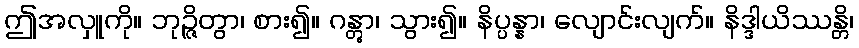
ဤအလှူကို။ ဘုဉ္ဇိတွာ၊ စား၍။ ဂန္တွာ၊ သွား၍။ နိပ္ပန္နာ၊ လျောင်းလျက်။ နိဒ္ဒါယိဿန္တိ၊